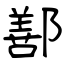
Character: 鄯